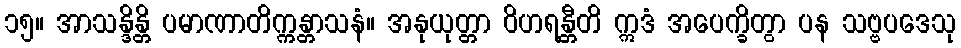
၁၅။ အာသန္ဒိန္တိ ပမာဏာတိက္ကန္တာသနံ။ အနုယုတ္တာ ဝိဟရန္တီတိ ဣဒံ အပေက္ခိတွာ ပန သဗ္ဗပဒေသု